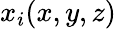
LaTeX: x_{i}(x,y,z)